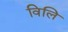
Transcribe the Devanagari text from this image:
विलि